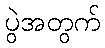
ပွဲအတွက်